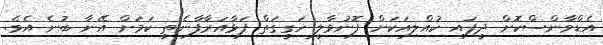
އެޑްވާންސްކޮށް ދީފައި ކުއްލިއަކަށް ފޮނުވާލީ ހަގީގަތް ފަޅާއަރާފާނެތީ ކަމަށް އޭނާ ބުނެ އެވެ.